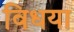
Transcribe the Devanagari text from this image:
विधया